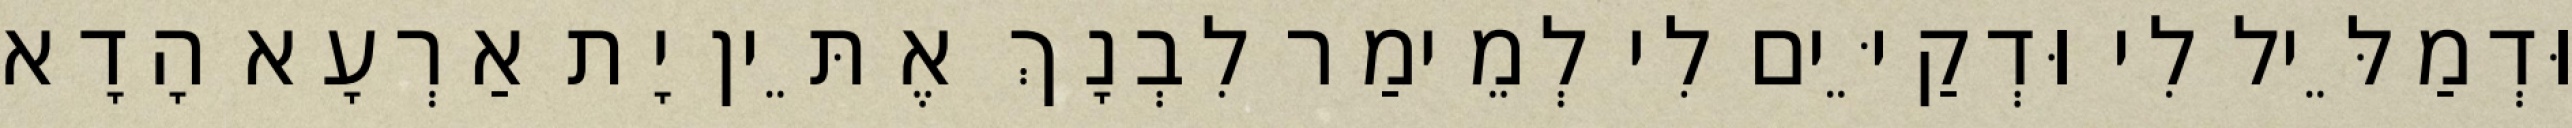
וּדְמַלֵּיל לִי וּדְקַיֵּים לִי לְמֵימַר לִבְנָךְ אֶתֵּין יָת אַרְעָא הָדָא